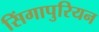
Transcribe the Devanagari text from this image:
सिंगापुरियन